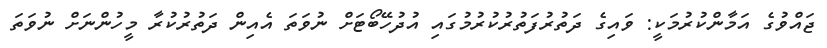
ޖައްވުގެ އަމާންކުރުމަކީ: ވައިގެ ދަތުރުފަތުރުކުރުމުގައި އުދުހޭބޯޓަށް ނުވަތަ އެއިން ދަތުރުކުރާ މީހުންނަށް ނުވަތަ